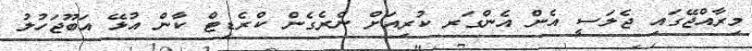
މިރާއްޖޭގައި ޖެލަސީ އެން އެންގަރ ކުރިއަށް ނެރެގެން ކްރެޑިޓް ކާން އުޅޭ އަބޫޖަހުލު